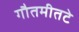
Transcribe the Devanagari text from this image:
गौतमीतटे